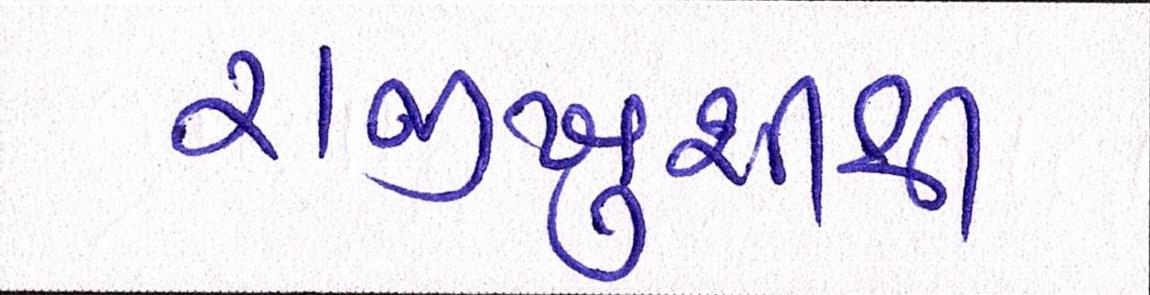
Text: રાજીખુશીથી